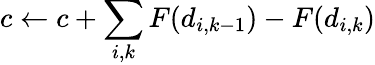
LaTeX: c\leftarrow c+\sum_{i,k}F(d_{i,k-1})-F(d_{i,k})